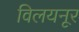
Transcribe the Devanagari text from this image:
विलयनूर